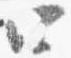
四